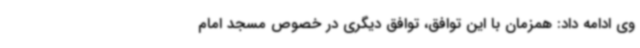
وی ادامه داد: همزمان با این توافق، توافق دیگری در خصوص مسجد امام